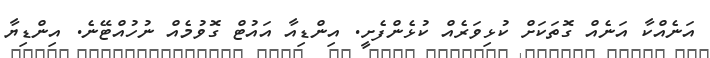
އަނެއްކާ އަނެއް ގޮތަކަށް ކުޅިވަރެއް ކުޅެންފެށީ. އިންޑިއާ އައުޓް ގޮވުމެއް ނުހުއްޓޭނެ. އިންޑިޔާ